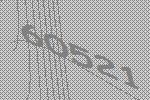
60521